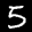
Label: 5